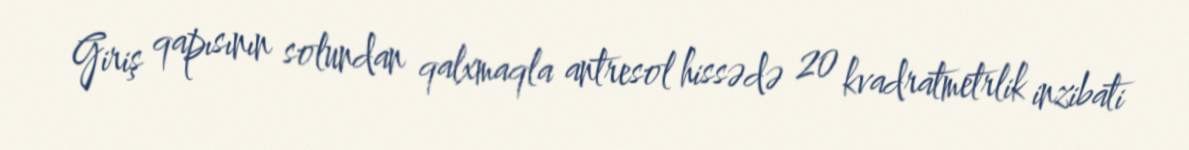
Giriş qapısının solundan qalxmaqla antresol hissədə 20 kvadratmetrlik inzibati